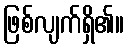
ဖြစ်လျက်ရှိ၏။